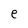
Character: e